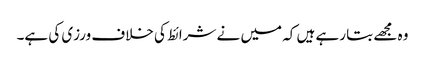
وہ مجھے بتا رہے ہیں کہ میں نے شرائط کی خلاف ورزی کی ہے۔